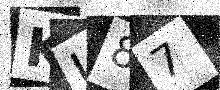
Text: KU87